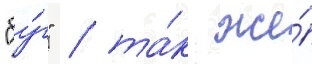
"бу́г" / та́к же́